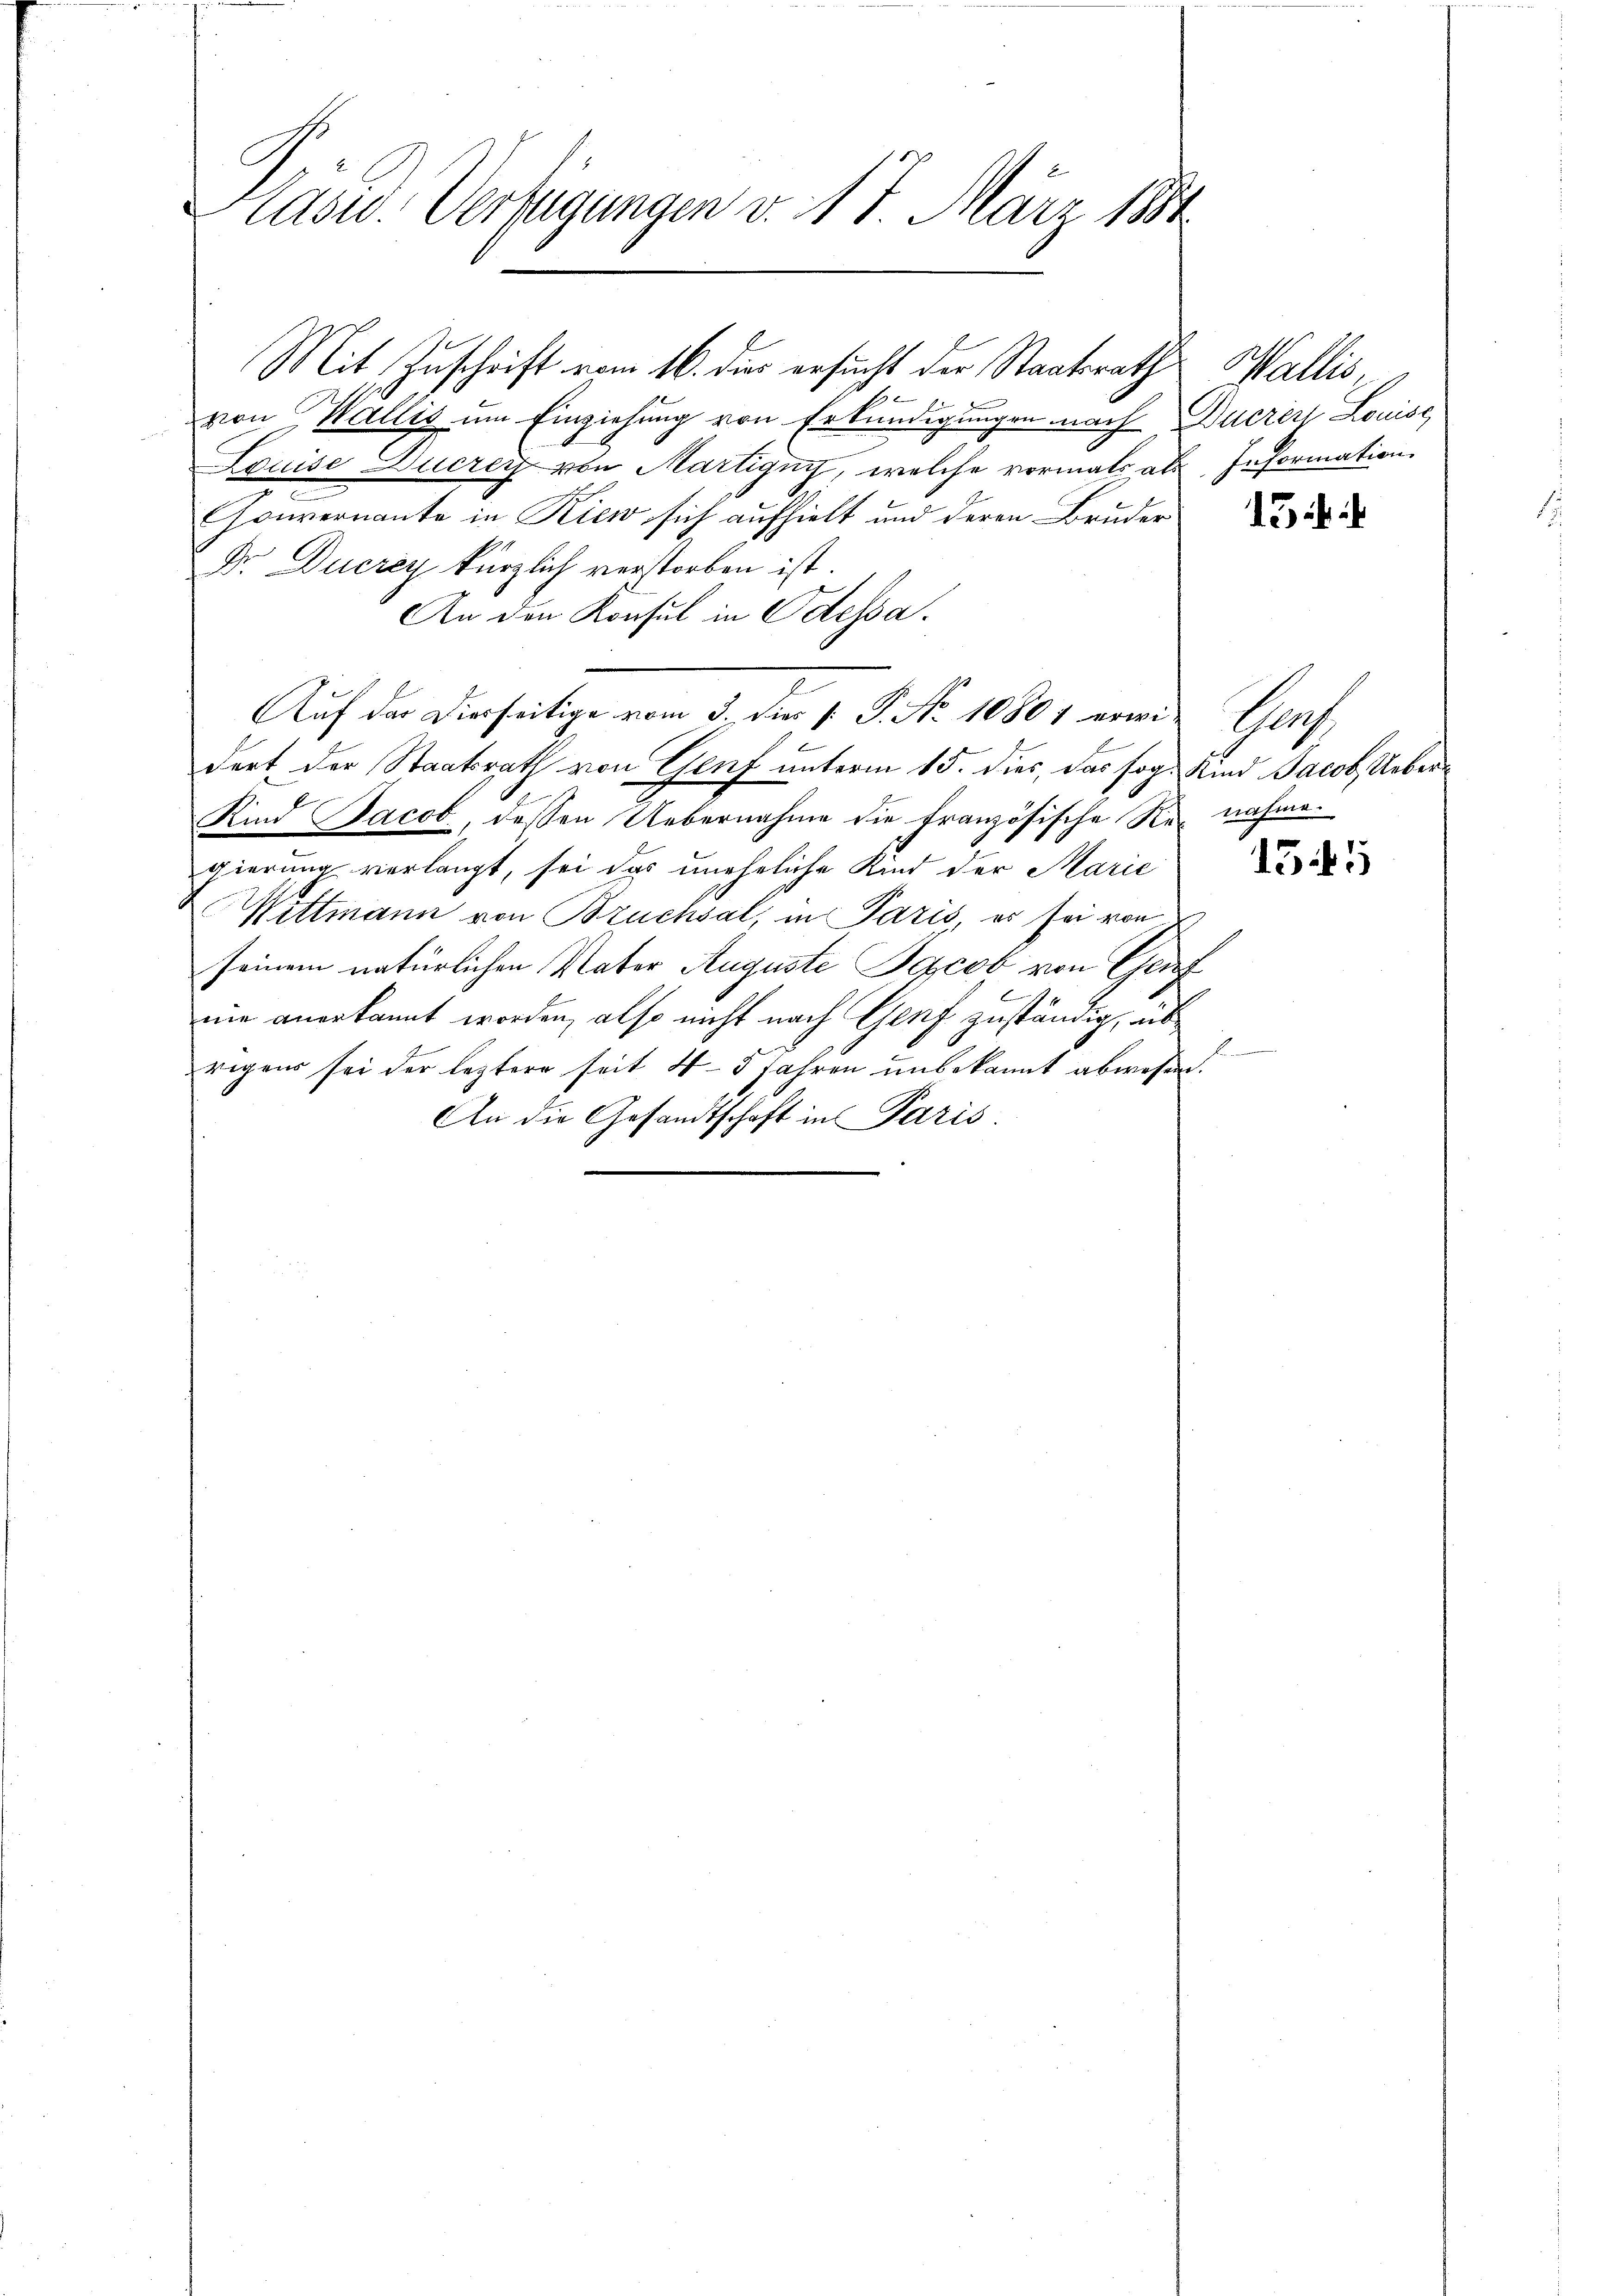
Hasw. Verfügungen v. 15 März 1884

von Wallis um Einziehung von Erkundigungen nach Ducrers Louise
Louise Ducrez von Martigny, welche vormals als Information
Gouvernante in Kiew sich aufhielt und deren Bruder
Dr. Ducrey kürzlich verstorben ist.
An den Konsul in Odessa.
Auf der Dierseitige vom 3. der 1. P. No 10801 erwie Genf,
dert der Staatsrath von Genf unterm 15. dies, das sog. Kind Jacob, Ueber¬
Kind Jacob, dessen Uebernahme die französische Re- nahme.
gierung verlangt, sei das uneheliche Kind der Marie
Wittmann von Bruchsal, in Paris, es sei von
seinem natürlichen Vater Auguste Schcob von Genf
B
nie anerkannt worden, also nicht nach Genf zuständig, übrigens sei der leztere seit 43 Jahren unbekannt abwesen.
An die Gesandtschaft in Paris

Mit Zuschrift vom 16. dies ersucht der Staatsrath

Walter

2

13 i

155